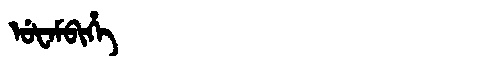
Manchu: ᡠᡶᠠᠮᠪᡳᡥᡝ
Romanization: UFAMBIHE